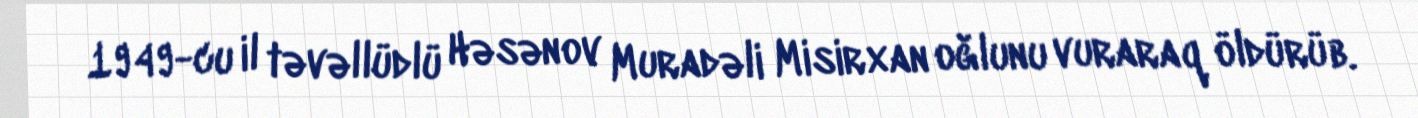
1949-cu il təvəllüdlü Həsənov Muradəli Misirxan oğlunu vuraraq öldürüb.